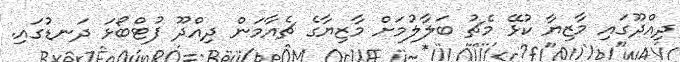
ދިއްދޫގައި މާޒިޔާ ކުޅޭ މެޗު ބަލާލުމަށް މާޒިޔާގެ ޗެއާމަން ދިއްދޫ ފުޓްްބޯޅަ ދަނޑުގައި.